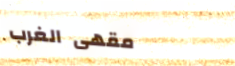
مقهى الغرب